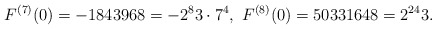
\begin{align*}F^{(7)}(0)=-1843968=-2^{8}3\cdot 7^{4},\ F^{(8)}(0)=50331648=2^{24}3.\end{align*}